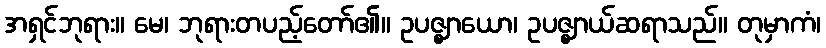
အရှင်ဘုရား။ မေ၊ ဘုရားတပည့်တော်၏။ ဥပဇ္ဈာယော၊ ဥပဇ္ဈာယ်ဆရာသည်။ တုမှာကံ၊